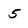
Character: 5